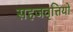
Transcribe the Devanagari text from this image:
सहजवृत्तियों